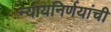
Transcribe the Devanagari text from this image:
न्यायनिर्णयांची